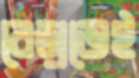
বেড়াতেই